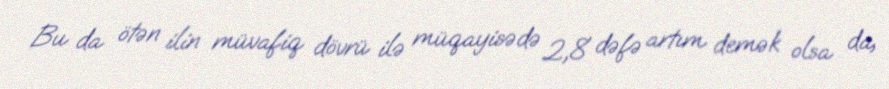
Bu da ötən ilin müvafiq dövrü ilə müqayisədə 2,8 dəfə artım demək olsa da,